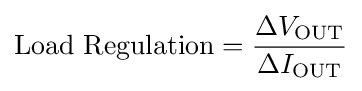
{\text{Load Regulation}}={\Delta V_{\text{OUT}} \over \Delta I_{\text{OUT}}}